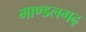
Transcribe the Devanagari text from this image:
माण्डलगढ़